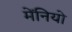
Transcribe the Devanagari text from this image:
मेंनियो